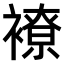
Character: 𧝜